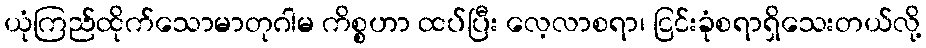
ယုံကြည်ထိုက်သောမာတုဂါမ ကိစ္စဟာ ထပ်ပြီး လေ့လာစရာ၊ ငြင်းခုံစရာရှိသေးတယ်လို့